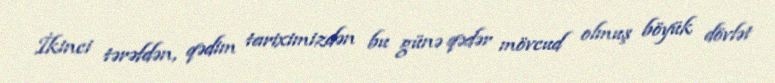
İkinci tərəfdən, qədim tariximizdən bu günə qədər mövcud olmuş böyük dövlət